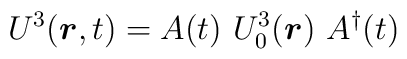
U^3(\mbox{\boldmath$r$},t) = A(t)~U_0^3(\mbox{\boldmath$r$})~A^\dag(t)